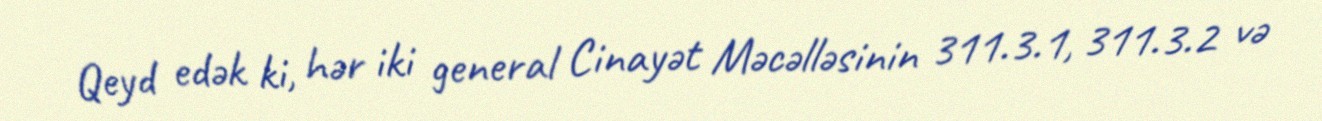
Qeyd edək ki, hər iki general Cinayət Məcəlləsinin 311.3.1, 311.3.2 və